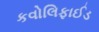
કવોલિફાઈડ